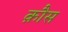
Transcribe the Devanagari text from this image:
क़ौस